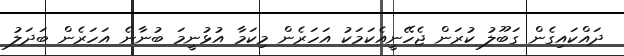
ދައްކައިގެން ގަބޫލު ކުރަން ޖެހޭނީއެކަމަކު އަހަރެން މިކަމާ އުޅުނީމަ ބުނާނެ އަހަރެން ބަދަލު